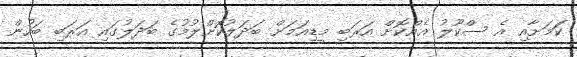
ކަަމަށާއި އެ ސްކޫލު އެއްކޮށް އަރަބި މީޑިއަމަށް ބަދަލުކޮށްލުމުގެ ބަދަލުގައި އަރަބި ބަހުން